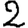
Digit: 2